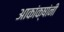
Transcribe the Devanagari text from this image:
आकांक्षांनी